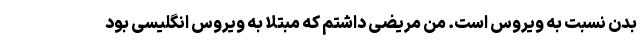
بدن نسبت به ویروس است. من مریضی داشتم که مبتلا به ویروس انگلیسی بود